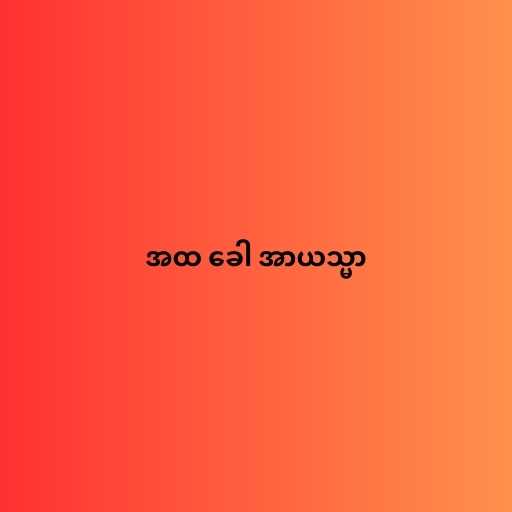
အထ ခေါ အာယသ္မာ